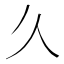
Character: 𫝄